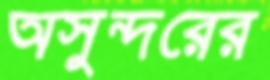
অসুন্দরের